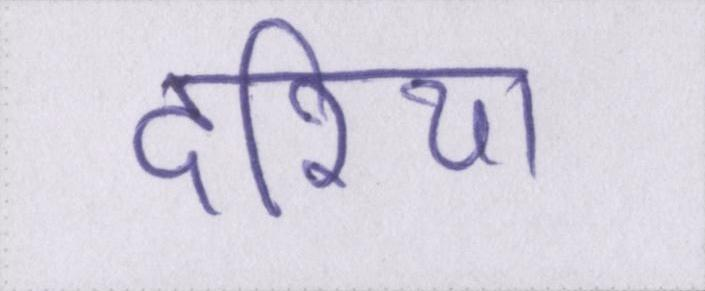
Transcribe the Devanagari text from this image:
दरिया